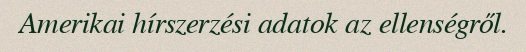
Amerikai hírszerzési adatok az ellenségről.